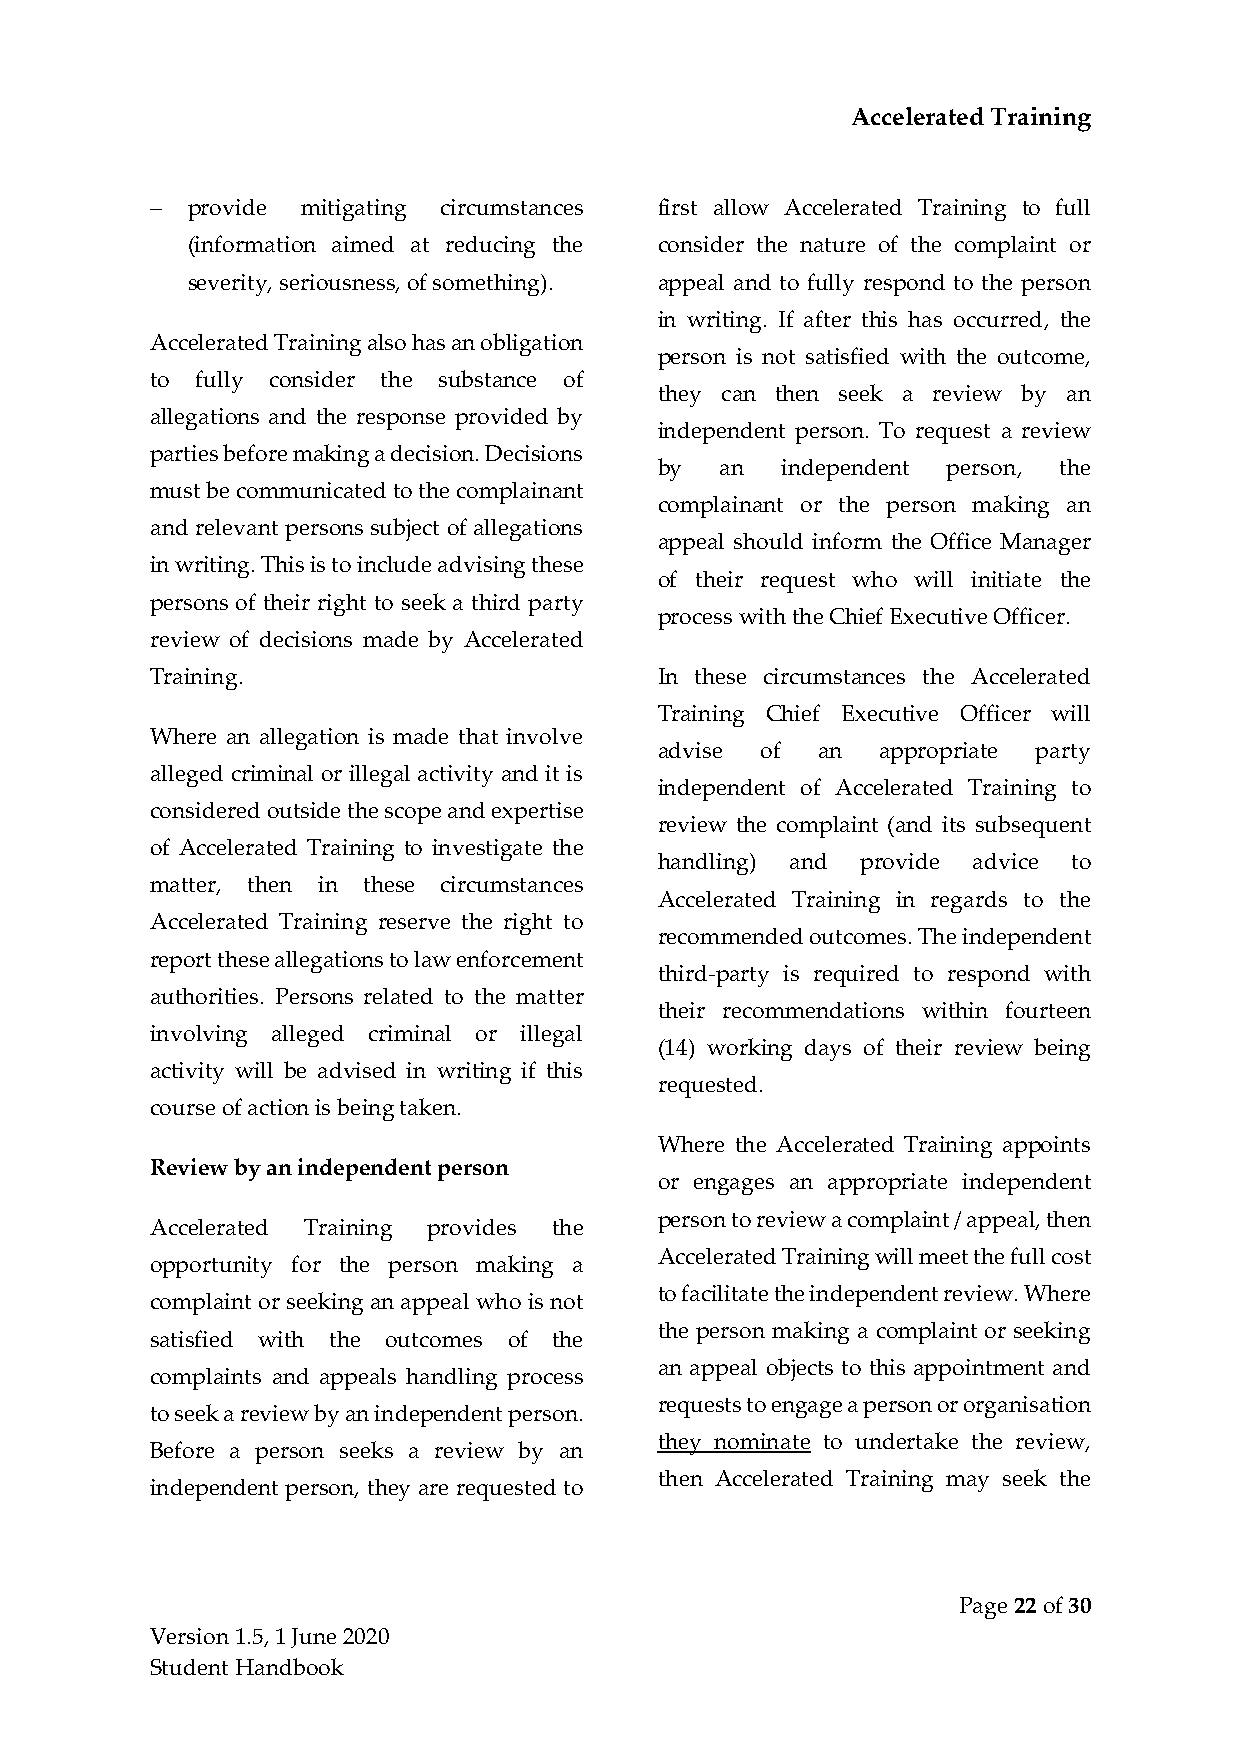
Accelerated Training
 − provide mitigating circumstances first allow Accelerated Training to full
 (information aimed at reducing the consider the nature of the complaint or
 severity, seriousness, of something). appeal and to fully respond to the person
 in writing. If after this has occurred, the
 Accelerated Training also has an obligation
 person is not satisfied with the outcome,
 to fully consider the substance of
 they can then seek a review by an
 allegations and the response provided by
 independent person. To request a review
 parties before making a decision. Decisions
 by  an  independent person, the
 must be communicated to the complainant
 complainant or the person making an
 and relevant persons subject of allegations
 appeal should inform the Office Manager
 in writing. This is to include advising these
 of their request who will initiate the
 persons of their right to seek a third party
 process with the Chief Executive Officer.
 review of decisions made by Accelerated
 Training.                         In these circumstances the Accelerated
 Training Chief Executive Officer will
 Where an allegation is made that involve
 advise of an  appropriate party
 alleged criminal or illegal activity and it is
 independent of Accelerated Training to
 considered outside the scope and expertise
 review the complaint (and its subsequent
 of Accelerated Training to investigate the
 handling) and provide advice to
 matter, then in these circumstances
 Accelerated Training in regards to the
 Accelerated Training reserve the right to
 recommended outcomes. The independent
 report these allegations to law enforcement
 third-party is required to respond with
 authorities. Persons related to the matter
 their recommendations within fourteen
 involving alleged criminal or illegal
 (14) working days of their review being
 activity will be advised in writing if this
 requested.
 course of action is being taken.
 Where the Accelerated Training appoints
 Review by an independent person
 or engages an appropriate independent
 person to review a complaint / appeal, then
 Accelerated Training provides the
 Accelerated Training will meet the full cost
 opportunity for the person making a
 to facilitate the independent review. Where
 complaint or seeking an appeal who is not
 the person making a complaint or seeking
 satisfied with the outcomes of the
 an appeal objects to this appointment and
 complaints and appeals handling process
 requests to engage a person or organisation
 to seek a review by an independent person.
 they nominate to undertake the review,
 Before a person seeks a review by an
 then Accelerated Training may seek the
 independent person, they are requested to
 Page 22 of 30
 Version 1.5, 1 June 2020
 Student Handbook